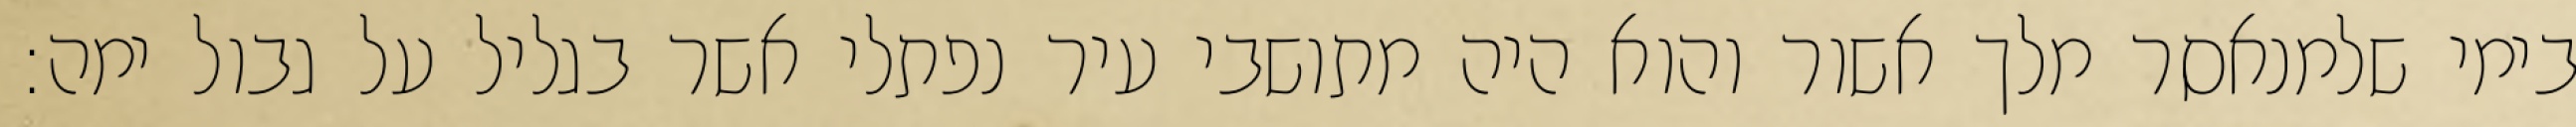
בימי שלמנאסר מלך אשור והוא היה מתושבי עיר נפתלי אשר בגליל על גבול ימה: